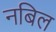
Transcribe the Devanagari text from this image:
नबिल